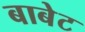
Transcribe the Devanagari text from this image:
बाबेट